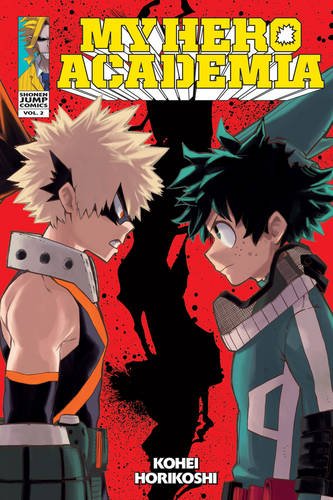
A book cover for My Hero Academia , Vol. 2; Kouhei Horikoshi; Comics & Graphic Novels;